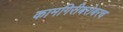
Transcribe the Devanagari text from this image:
कामगिरीबरोबरच